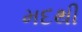
મદથી